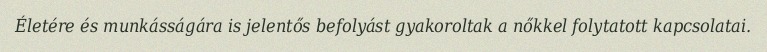
Életére és munkásságára is jelentős befolyást gyakoroltak a nőkkel folytatott kapcsolatai.